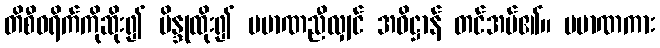
တိစီဝရိက်ကိုဆိုး၍ ဗိန္ဒုထိုး၍ ပမာဏညီလျှင် အဓိဋ္ဌာန် တင်အပ်၏။ ပမာဏကား